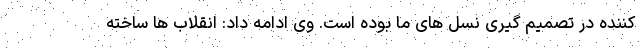
کننده در تصمیم گیری نسل های ما بوده است. وی ادامه داد: انقلاب ها ساخته